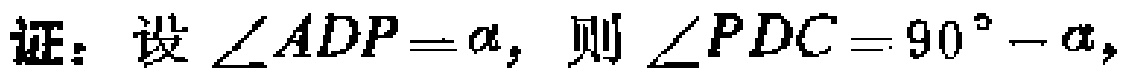
证：设$\angle ADP = \alpha$，则$\angle PDC = 90^{\circ}-\alpha$，